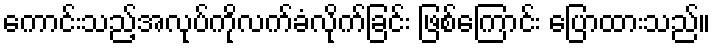
ကောင်းသည့်အလုပ်ကိုလက်ခံလိုက်ခြင်း ဖြစ်ကြောင်း ပြောထားသည်။